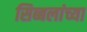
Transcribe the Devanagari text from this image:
सिब्बलांच्या